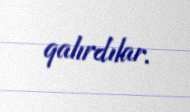
qalırdılar.